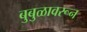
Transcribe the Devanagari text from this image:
बुबुळावरून